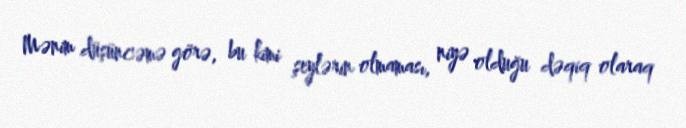
Mənim düşüncəmə görə, bu kimi şeylərin olmaması, niyə olduğu dəqiq olaraq